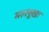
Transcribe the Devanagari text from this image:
मल्लूखः